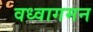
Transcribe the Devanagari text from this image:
वध्वागमन